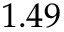
1 . 4 9